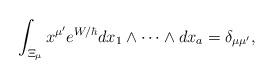
LaTeX: \begin{align*}\int_{\Xi_{\mu}} x^{\mu'}e^{W/\hbar}dx_1\wedge\cdots\wedge dx_a=\delta_{\mu \mu'},\end{align*}